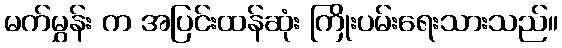
မက်မွှန်း က အပြင်းထန်ဆုံး ကြိုးပမ်းရေးသားသည်။